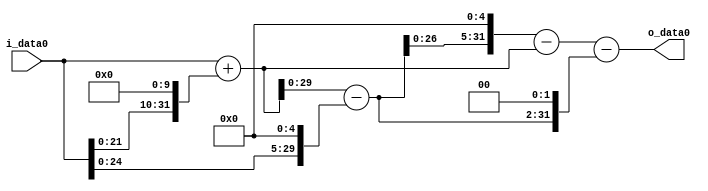
module multiplier_block (
    i_data0,
    o_data0
);

  // Port mode declarations:
  input   [31:0] i_data0;
  output  [31:0]
    o_data0;

  //Multipliers:

  wire [31:0]
    w1,
    w1024,
    w1025,
    w32,
    w993,
    w31776,
    w30751,
    w3972,
    w26779;

  assign w1 = i_data0;
  assign w1024 = w1 << 10;
  assign w1025 = w1 + w1024;
  assign w26779 = w30751 - w3972;
  assign w30751 = w31776 - w1025;
  assign w31776 = w993 << 5;
  assign w32 = w1 << 5;
  assign w3972 = w993 << 2;
  assign w993 = w1025 - w32;

  assign o_data0 = w26779;

  //multiplier_block area estimate = 7071.92625206177;
endmodule